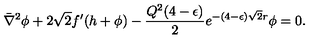
\bar { \nabla } ^ { 2 } \phi + 2 \sqrt 2 f ^ { \prime } ( h + \phi ) - { \frac { Q ^ { 2 } ( 4 - \epsilon ) } { 2 } } e ^ { - ( 4 - \epsilon ) \sqrt 2 r } \phi = 0 .